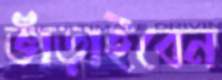
ভাঁড়াইবেন